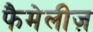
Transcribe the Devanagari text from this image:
फैमेलीज़